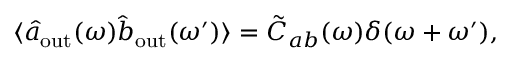
\langle \hat { a } _ { \mathrm { o u t } } ( \omega ) \hat { b } _ { \mathrm { o u t } } ( \omega ^ { \prime } ) \rangle = \tilde { C } _ { a b } ( \omega ) \delta ( \omega + \omega ^ { \prime } ) ,